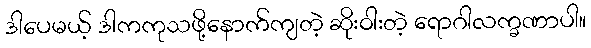
ဒါပေမယ့် ဒါကကုသဖို့နောက်ကျတဲ့ ဆိုးဝါးတဲ့ ရောဂါလက္ခဏာပါ။